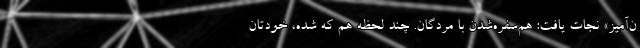
ن‌آمیز» نجات یافت: هم‌سفره‌شدن با مردگان. چند لحظه هم که شده، خودتان